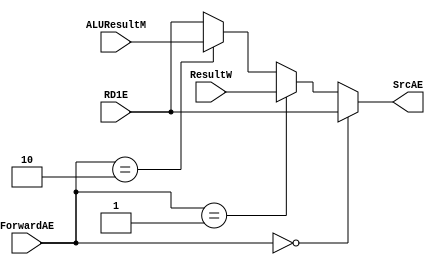
`timescale 1ns / 1ps
//////////////////////////////////////////////////////////////////////////////////
// Company: 
// Engineer: 
// 
// Design Name: 
// Module Name: execute_mux_1
// Project Name: 
// Target Devices: 
// Tool Versions: 
// Description: 
// 
// Dependencies: 
// 
// Revision:
// Revision 0.01 - File Created
// Additional Comments:
// 
//////////////////////////////////////////////////////////////////////////////////


module execute_mux_1(
input [1:0] ForwardAE,
input [31:0] RD1E,ResultW,ALUResultM,
output [31:0] SrcAE
    );
    
    assign SrcAE = (ForwardAE == 2'b00) ? RD1E :
                   (ForwardAE == 2'b01) ? ResultW :
                   (ForwardAE == 2'b10) ? ALUResultM : RD1E;
    
endmodule